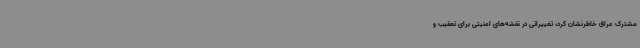
مشترک عراق خاطرنشان کرد، تغییراتی در نقشه‌های امنیتی برای تعقیب و